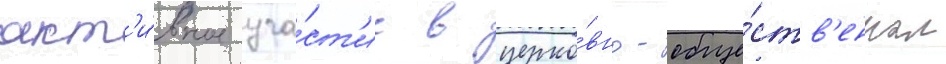
акт'и́вное уча́ст'ие в церко́вно-обще́ств'енном